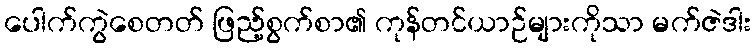
ပေါက်ကွဲစေတတ် ဖြည့်စွက်စာ၏ ကုန်တင်ယာဉ်များကိုသာ မက်ဇဲဒါး